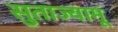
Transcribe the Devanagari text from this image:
सुताज्यामू